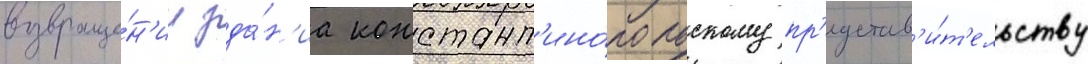
возвраще́н'ии зда́н'иа констант'ино́польскому пр'едстав'и́т'ельству